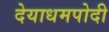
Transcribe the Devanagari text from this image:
देयाधमपोदी